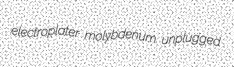
electroplater molybdenum unplugged